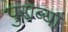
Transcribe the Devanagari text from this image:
पुराव्यां